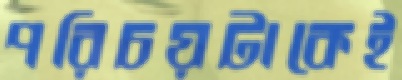
পরিচয়টাকেই